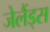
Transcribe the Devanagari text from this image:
जेलैंड्स